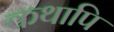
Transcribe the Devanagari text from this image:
कथापि